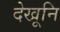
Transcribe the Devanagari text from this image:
देखूनि